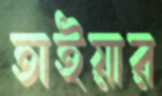
তাইয়ার